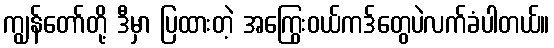
ကျွန်တော်တို့ ဒီမှာ ပြထားတဲ့ အကြွေးဝယ်ကဒ်တွေပဲလက်ခံပါတယ်။